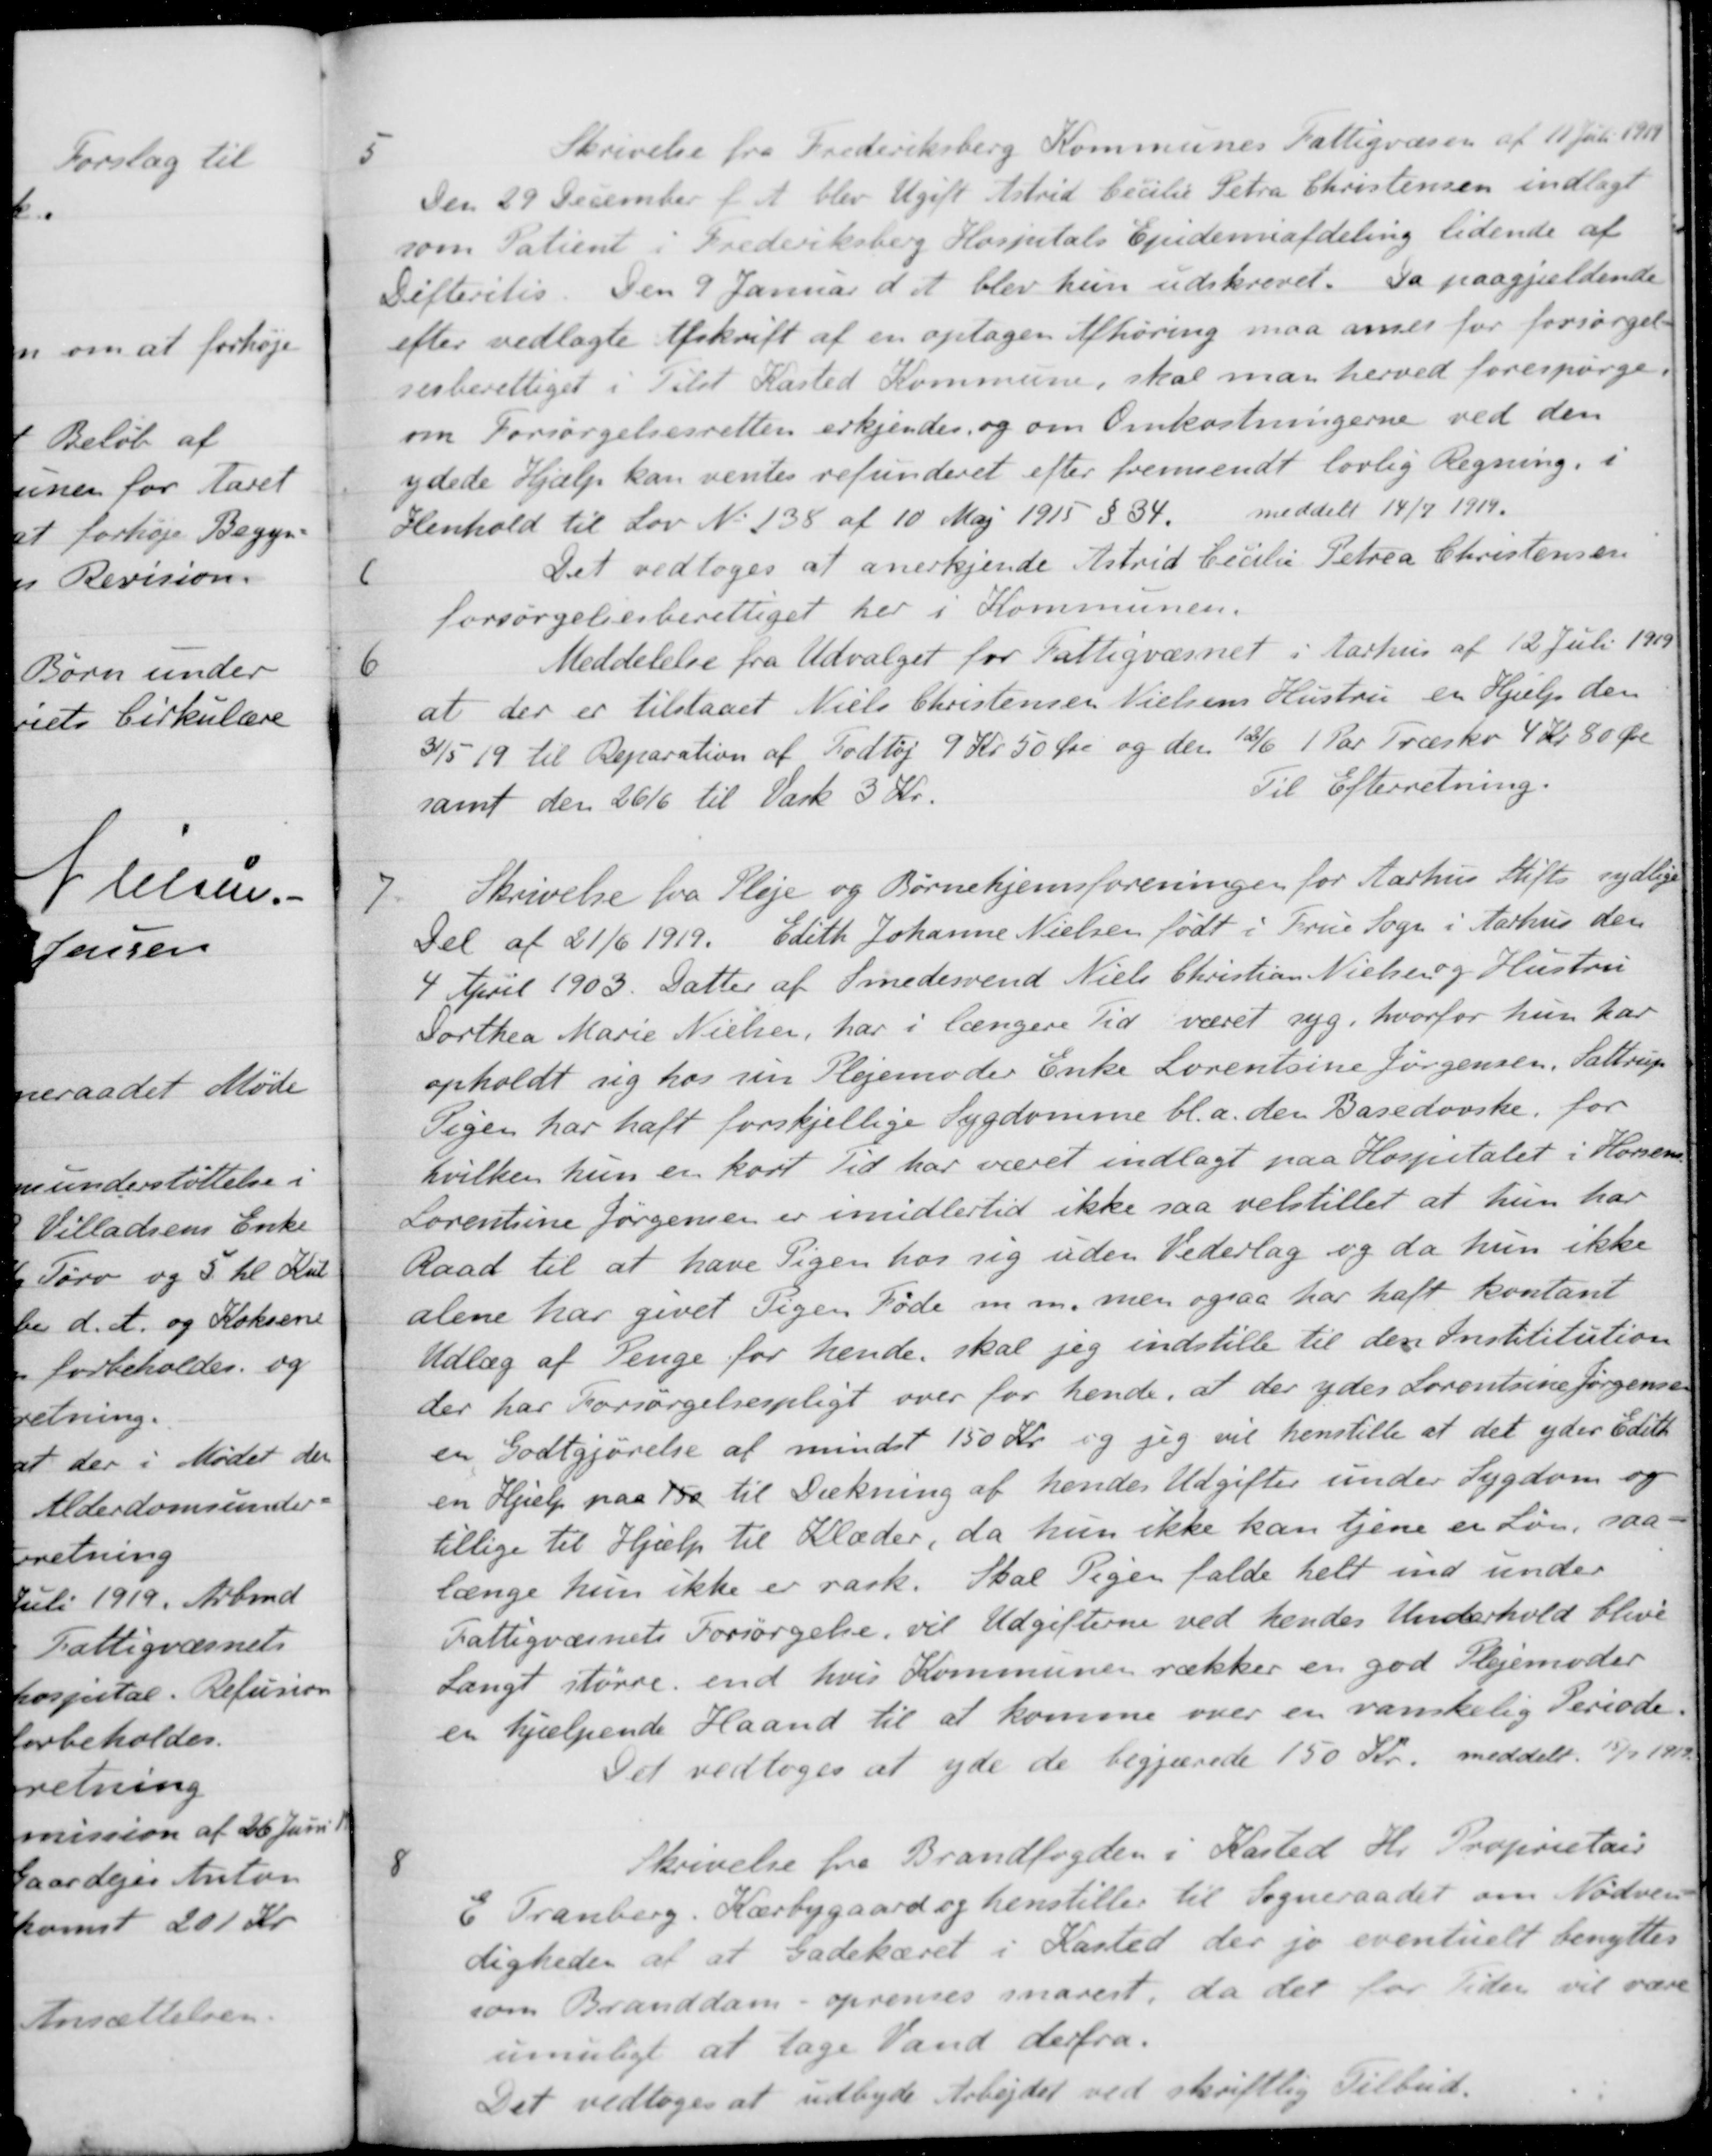
Transskription:
5
Skrivelse fra Frederiksberg Kommunes Fattigvæsen af 11 Juli 1919
Den 29 December f. A. blev Ugift Astrid Cecilie Petra Christensen indlagt
som Patient i Frederiksberg Hospitals Epidemiafdeling lidende af
Difteritis. Den 9 Januar d. A. blev hun udskrevet. Da paagjældende
efter vedlagte Afskrift af en optagen Afhøring maa anses for forsørgel-
sesberettiget i Tilst Kasted Kommune, skal man herved forespørge,
om Forsørgelsesretten erkjendes og om Omkostningerne ved den
ydede Hjælp kan ventes refunderet efter fremsendt lovlig Regning, i
Henhold til Lov No 138 af 10 Maj 1915 § 34.
meddelt 14/7 1919.
Det vedtoges at anerkjende Astrid Cecilie Petrea Christensen
forsørgelsesberettiget her i Kommunen.
6
Meddelelse fra Udvalget for Fattigvæsnet i Aarhus af 12 Juli 1919
at der er tilstaaet Niels Christensen Nielsens Hustru er Hjælp den
31/5 19 til Reparation af Fodtøj 9 Kr 50 Øre og den 12/6 1 Par Træsko 4 Kr. 80 Øre
samt den 26/6 til Vask 3 Kr.
Til Efterretning.
7.
Skrivelse fra Pleje og Børnehjemsforeningen for Aarhus Stifts sydlige
Del af 21/6 1919. Edith Johanne Nielsen født i Frue Sogn i Aarhus den
4 April 1903. Datter af Smedesvend Niels Christian Nielsen og Hustru
Dorthea Marie Nielsen, har i længere Tid været syg, hvorfor hun har
opholdt sig hos sin Plejemoder Enke Lorentsine Jørgensen, Sattrup
Pigen har haft forskjellige Sygdomme bl.a. den Basedovske, for
hvilken hun er kort Tid har været indlagt paa Hospitalet i Horsens
Lorentine Jørgensen er imidlertid ikke saa velstillet at hun har
Raad til at have Pigen hos sig uden Vederlag og da hun ikke
alene har givet Pigen Føde m. m. men ogsaa har haft kontant
Udlæg af Penge for hende, skal jeg indstille til den Instititution
der har forsørgelsespligt over for hende, at der ydes Lorentsine Jørgensen
en Godtgjørelse af mindst 150 Kr. og jeg vil henstille at det yder Edith
en Hjælp paa 150 til Dækning af hendes Udgifter under Sygdom og
tillige til Hjælp til Klæder, da hun ikke kan tjene en Løn, saa-
længe hun ikke er rask. Skal Pigen falde helt ind under
Fattigvæsnets Forsørgelse, vil Udgifterne ved hendes Underhold blive
Langt større end hvis Kommunen rækker en god Plejemoder
er hjælpende Haand til at komme over en vanskelig Periode.
Det vedtoges at yde de begjærede 150 Kr. meddelt. 15/7 1919.
8
Skrivelse fra Brandfogden i Kasted Hr. Proprietair
E Tranberg, Kærbygaard og henstiller til Sogneraadet om Nødven-
digheden af at Gadekæret i Kasted der jo eventuelt benyttes
som Branddam - oprenses snarest, da det for Tiden vil være
umuligt at tage Vand derfra.
Det vedtoges at udbyde Arbejdet ved skriftlig Tilbud.